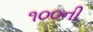
૧૦૦ની